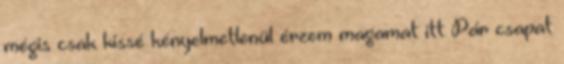
mégis csak kissé kényelmetlenül érzem magamat itt Pár csapat